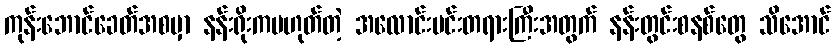
ကုန်းဘောင်ခေတ်အစမှာ နန်းရိုးကမဟုတ်တဲ့ အလောင်းမင်းတရားကြီးအတွက် နန်းတွင်းစနစ်တွေ သိအောင်